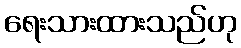
ရေးသားထားသည်ဟု